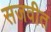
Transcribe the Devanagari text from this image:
सजवीत